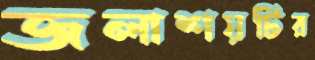
জলাশয়টির